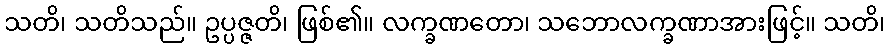
သတိ၊ သတိသည်။ ဥပ္ပဇ္ဇတိ၊ ဖြစ်၏။ လက္ခဏတော၊ သဘောလက္ခဏာအားဖြင့်။ သတိ၊